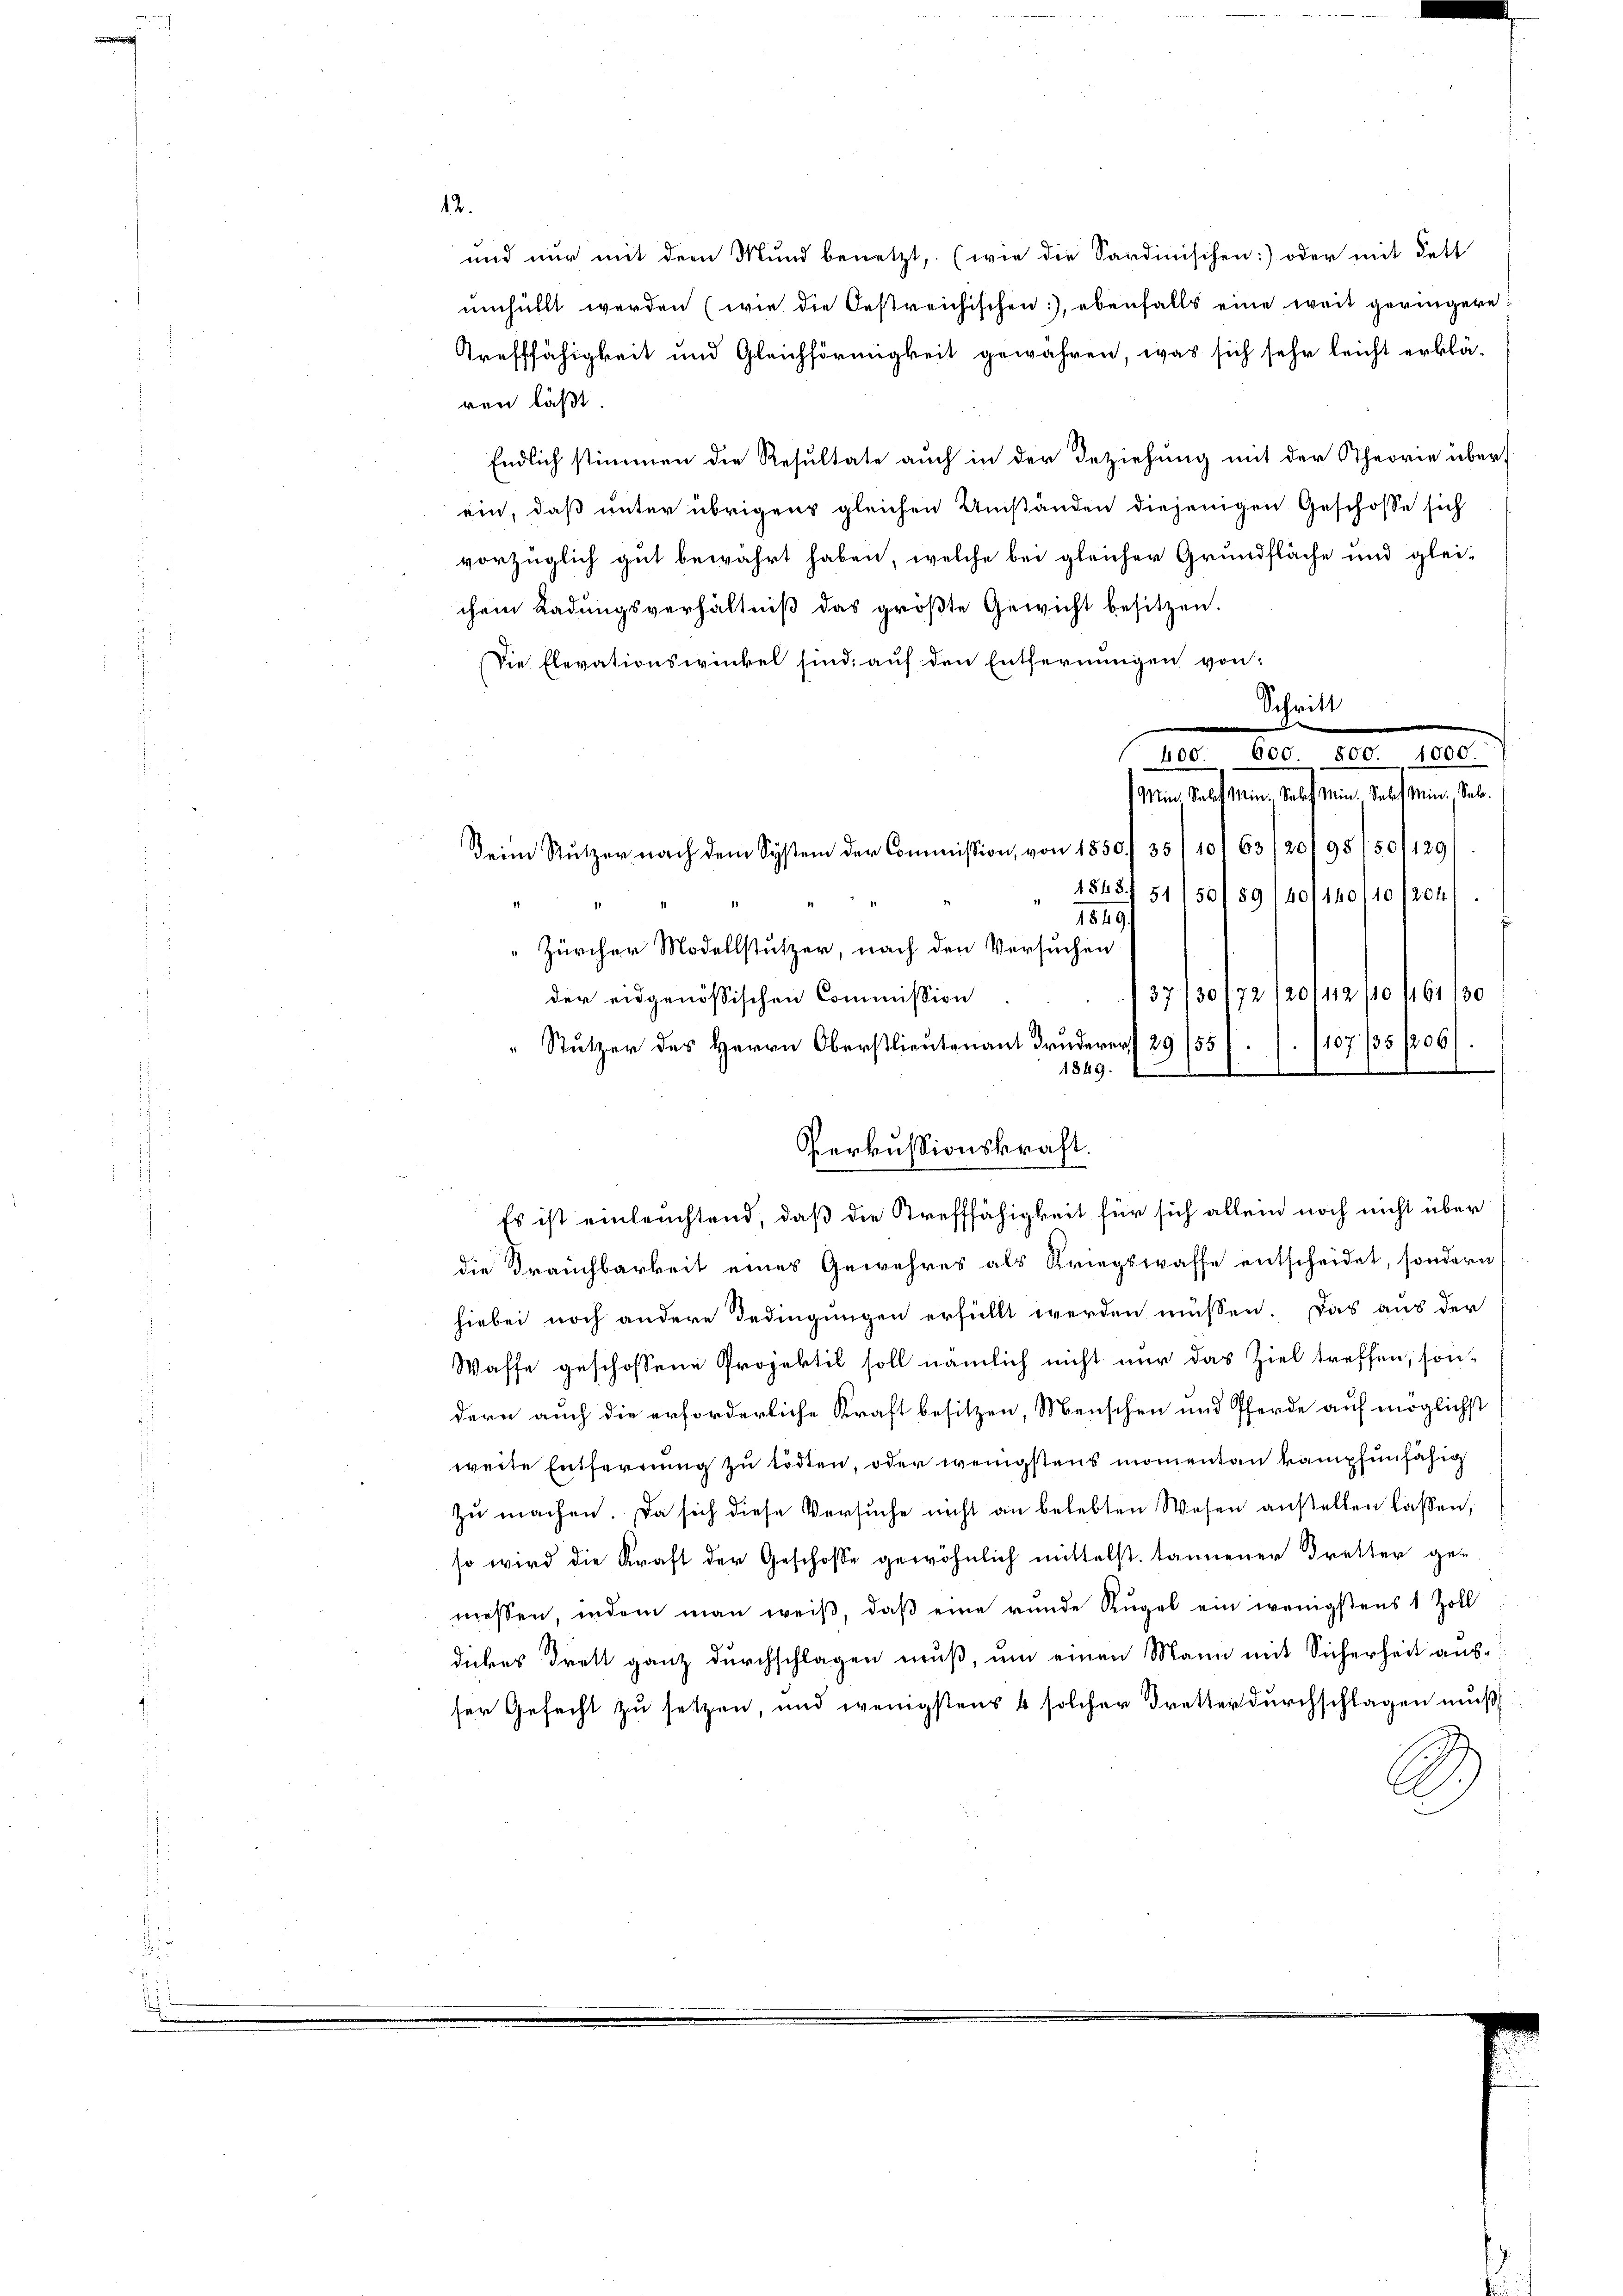
12.

und nur mit dem Mund benetzt, (wie die Sardinischen:) oder mit dett
umhüllt werden (wie die Oestreichischen, ebenfalls eine weit geringere
Trefffähigkeit und Gleichförmigkeit gewähren, was sich sehr leicht erklären läßt.
Endlich stimmen die Resultate auch in der Beziehung mit der Theorie überein, daß unter übrigens gleichen Umständen diejenigen Geschosse sich
vorzüglich gut bewährt haben, welche bei gleicher Grundfläche und gleichem Ladungsverhältniß das größte Gewicht besitzen.
Die Elevationswinkel sind auf den Entfernungen von:
Schritt
d
Min. Solf Mein Sachef Mein Sales Min. Sab.
Dein Stutzer nach dem System der Commission, von 1850 f 35/10/63/20/95/50/129
1548 f 51/50/89 1401140/10 1204/
1849
Zürcher Modellstutzer, nach den Versuchen
30172/20/112, 10461130
37
der eidgenössischen Commission
/107/35/206
" Stutzer des Herrn Oberstlieutenant Bruderer 29/55
1
e
1849.
Perkussionskraft.
Es ist einleuchtend, daß die Strefffähigkeit für sich allein noch nicht über
die Drauchbarkeit eines Gewehres als Kriegswasse entscheidet, sondern
hiebei noch andere Bedingungen erfüllt werden müssen. Das aus der
Waffe geschossene Projektil soll nämlich nicht nur das Ziel treffen, sondern auch die erforderliche Kraft besitzen, Menschen und Pferde auf möglichst
weite Entfernung zu tödten, oder wenigstens momentan kampfenfähig
zu machen. Da sich diese Versuche nicht an belebten Wesen anstellen lassen,
so wird die Kraft der Geschosse gewöhnlich mittelst tannener dretter ge-
messen, indem man weiβ, daβ eine runde Rügel ein wenigstens 1 Zoll
dickes drett ganz durchschlagen muß, um einen Mann mit Sicherheit ausser Gefecht zu setzen, und wenigstens 4 solcher dretter durchschlagen muß

400. 600. 800. 1000.